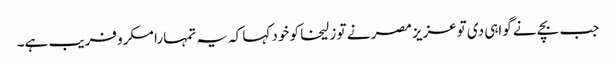
جب بچے نے گواہی دی توعزیز مصر نے تو زلیخا کو خود کہا کہ یہ تمہارا مکرو فریب ہے۔